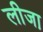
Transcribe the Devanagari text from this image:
लीजा़